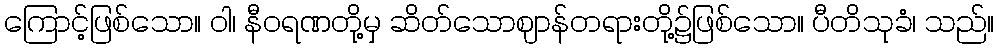
ကြောင့်ဖြစ်သော။ ဝါ၊ နီဝရဏတို့မှ ဆိတ်သောဈာန်တရားတို့၌ဖြစ်သော။ ပီတိသုခံ၊ သည်။